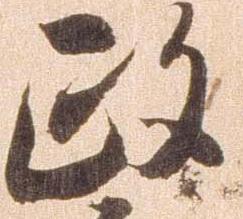
政